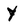
Character: y